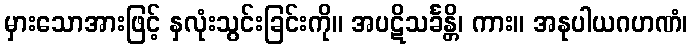
မှားသောအားဖြင့် နှလုံးသွင်းခြင်းကို။ အပဋိသင်္ခန္တိ၊ ကား။ အနုပါယဂဟဏံ၊